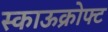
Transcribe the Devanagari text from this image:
स्काऊक्रोफ्ट